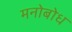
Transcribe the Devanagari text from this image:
मनोबोध